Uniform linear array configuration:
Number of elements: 8
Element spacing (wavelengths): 0.25
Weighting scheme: hamming
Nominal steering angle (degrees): -15
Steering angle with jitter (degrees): -16.216
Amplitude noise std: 0.05
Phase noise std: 0.05

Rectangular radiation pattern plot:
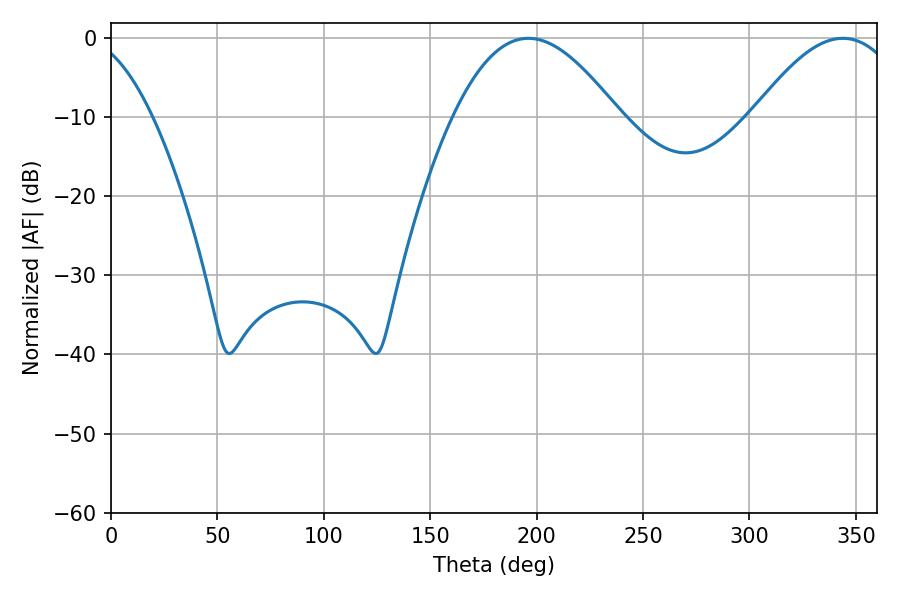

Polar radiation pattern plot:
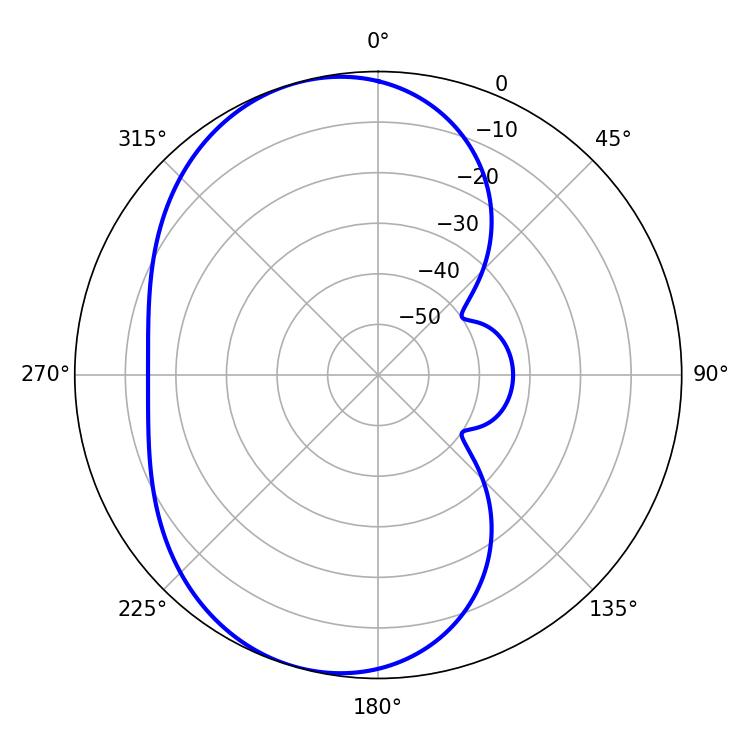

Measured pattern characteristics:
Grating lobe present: FALSE
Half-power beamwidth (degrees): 42.3
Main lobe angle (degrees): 196.02